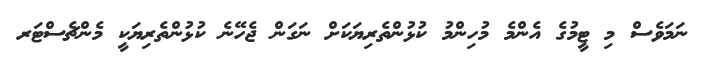
ނަމަވެސް މި ޓީމުގެ އެންމެ މުހިންމު ކުޅުންތެރިޔަކަށް ނަގަން ޖެހޭނެ ކުޅުންތެރިޔަކީ މެންޗެސްޓަރ